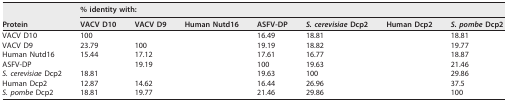
<table><thead><tr><td rowspan="2"><b>Protein</b></td><td colspan="7"><b>% identity with:</b></td></tr><tr><td><b>VACV D10</b></td><td><b>VACV D9</b></td><td><b>Human Nutd16</b></td><td><b>ASFV-DP</b></td><td><b>S. cerevisiae Dcp2</b></td><td><b>Human Dcp2</b></td><td><b>S. pombe Dcp2</b></td></tr></thead><tbody><tr><td>VACV D10</td><td>100</td><td>[EMPTY_CELL]</td><td>[EMPTY_CELL]</td><td>16.49</td><td>18.81</td><td>[EMPTY_CELL]</td><td>18.81</td></tr><tr><td>VACV D9</td><td>23.79</td><td>100</td><td>[EMPTY_CELL]</td><td>19.19</td><td>18.82</td><td>[EMPTY_CELL]</td><td>19.77</td></tr><tr><td>Human Nutd16</td><td>15.44</td><td>17.12</td><td>[EMPTY_CELL]</td><td>17.61</td><td>16.77</td><td>[EMPTY_CELL]</td><td>18.87</td></tr><tr><td>ASFV-DP</td><td>[EMPTY_CELL]</td><td>19.19</td><td>[EMPTY_CELL]</td><td>100</td><td>19.63</td><td>[EMPTY_CELL]</td><td>21.46</td></tr><tr><td>S. cerevisiae Dcp2</td><td>18.81</td><td>[EMPTY_CELL]</td><td>[EMPTY_CELL]</td><td>19.63</td><td>100</td><td>[EMPTY_CELL]</td><td>29.86</td></tr><tr><td>Human Dcp2</td><td>12.87</td><td>14.62</td><td>[EMPTY_CELL]</td><td>16.44</td><td>26.96</td><td>[EMPTY_CELL]</td><td>37.5</td></tr><tr><td>S. pombe Dcp2</td><td>18.81</td><td>19.77</td><td>[EMPTY_CELL]</td><td>21.46</td><td>29.86</td><td>[EMPTY_CELL]</td><td>100</td></tr></tbody></table>